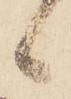
候